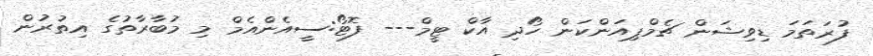
ފުރަތަމަ ޑިވިޝަން ޗެމްޕިއަންކަން ހޯދި އާކް ޓީމް--- ފޮޓޯ:ސީއެންއެމް މި މުބާރާތުގެ އިތުރުން